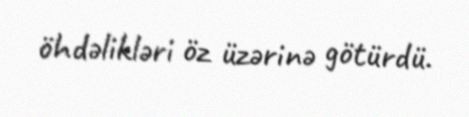
öhdəlikləri öz üzərinə götürdü.